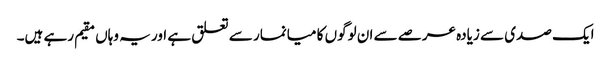
ایک صدی سے زیادہ عرصے سے ان لوگوں کا میانمار سے تعلق ہے اور یہ وہاں مقیم رہے ہیں۔